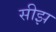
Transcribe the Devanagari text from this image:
सीझ